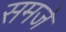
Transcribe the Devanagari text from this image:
समजे